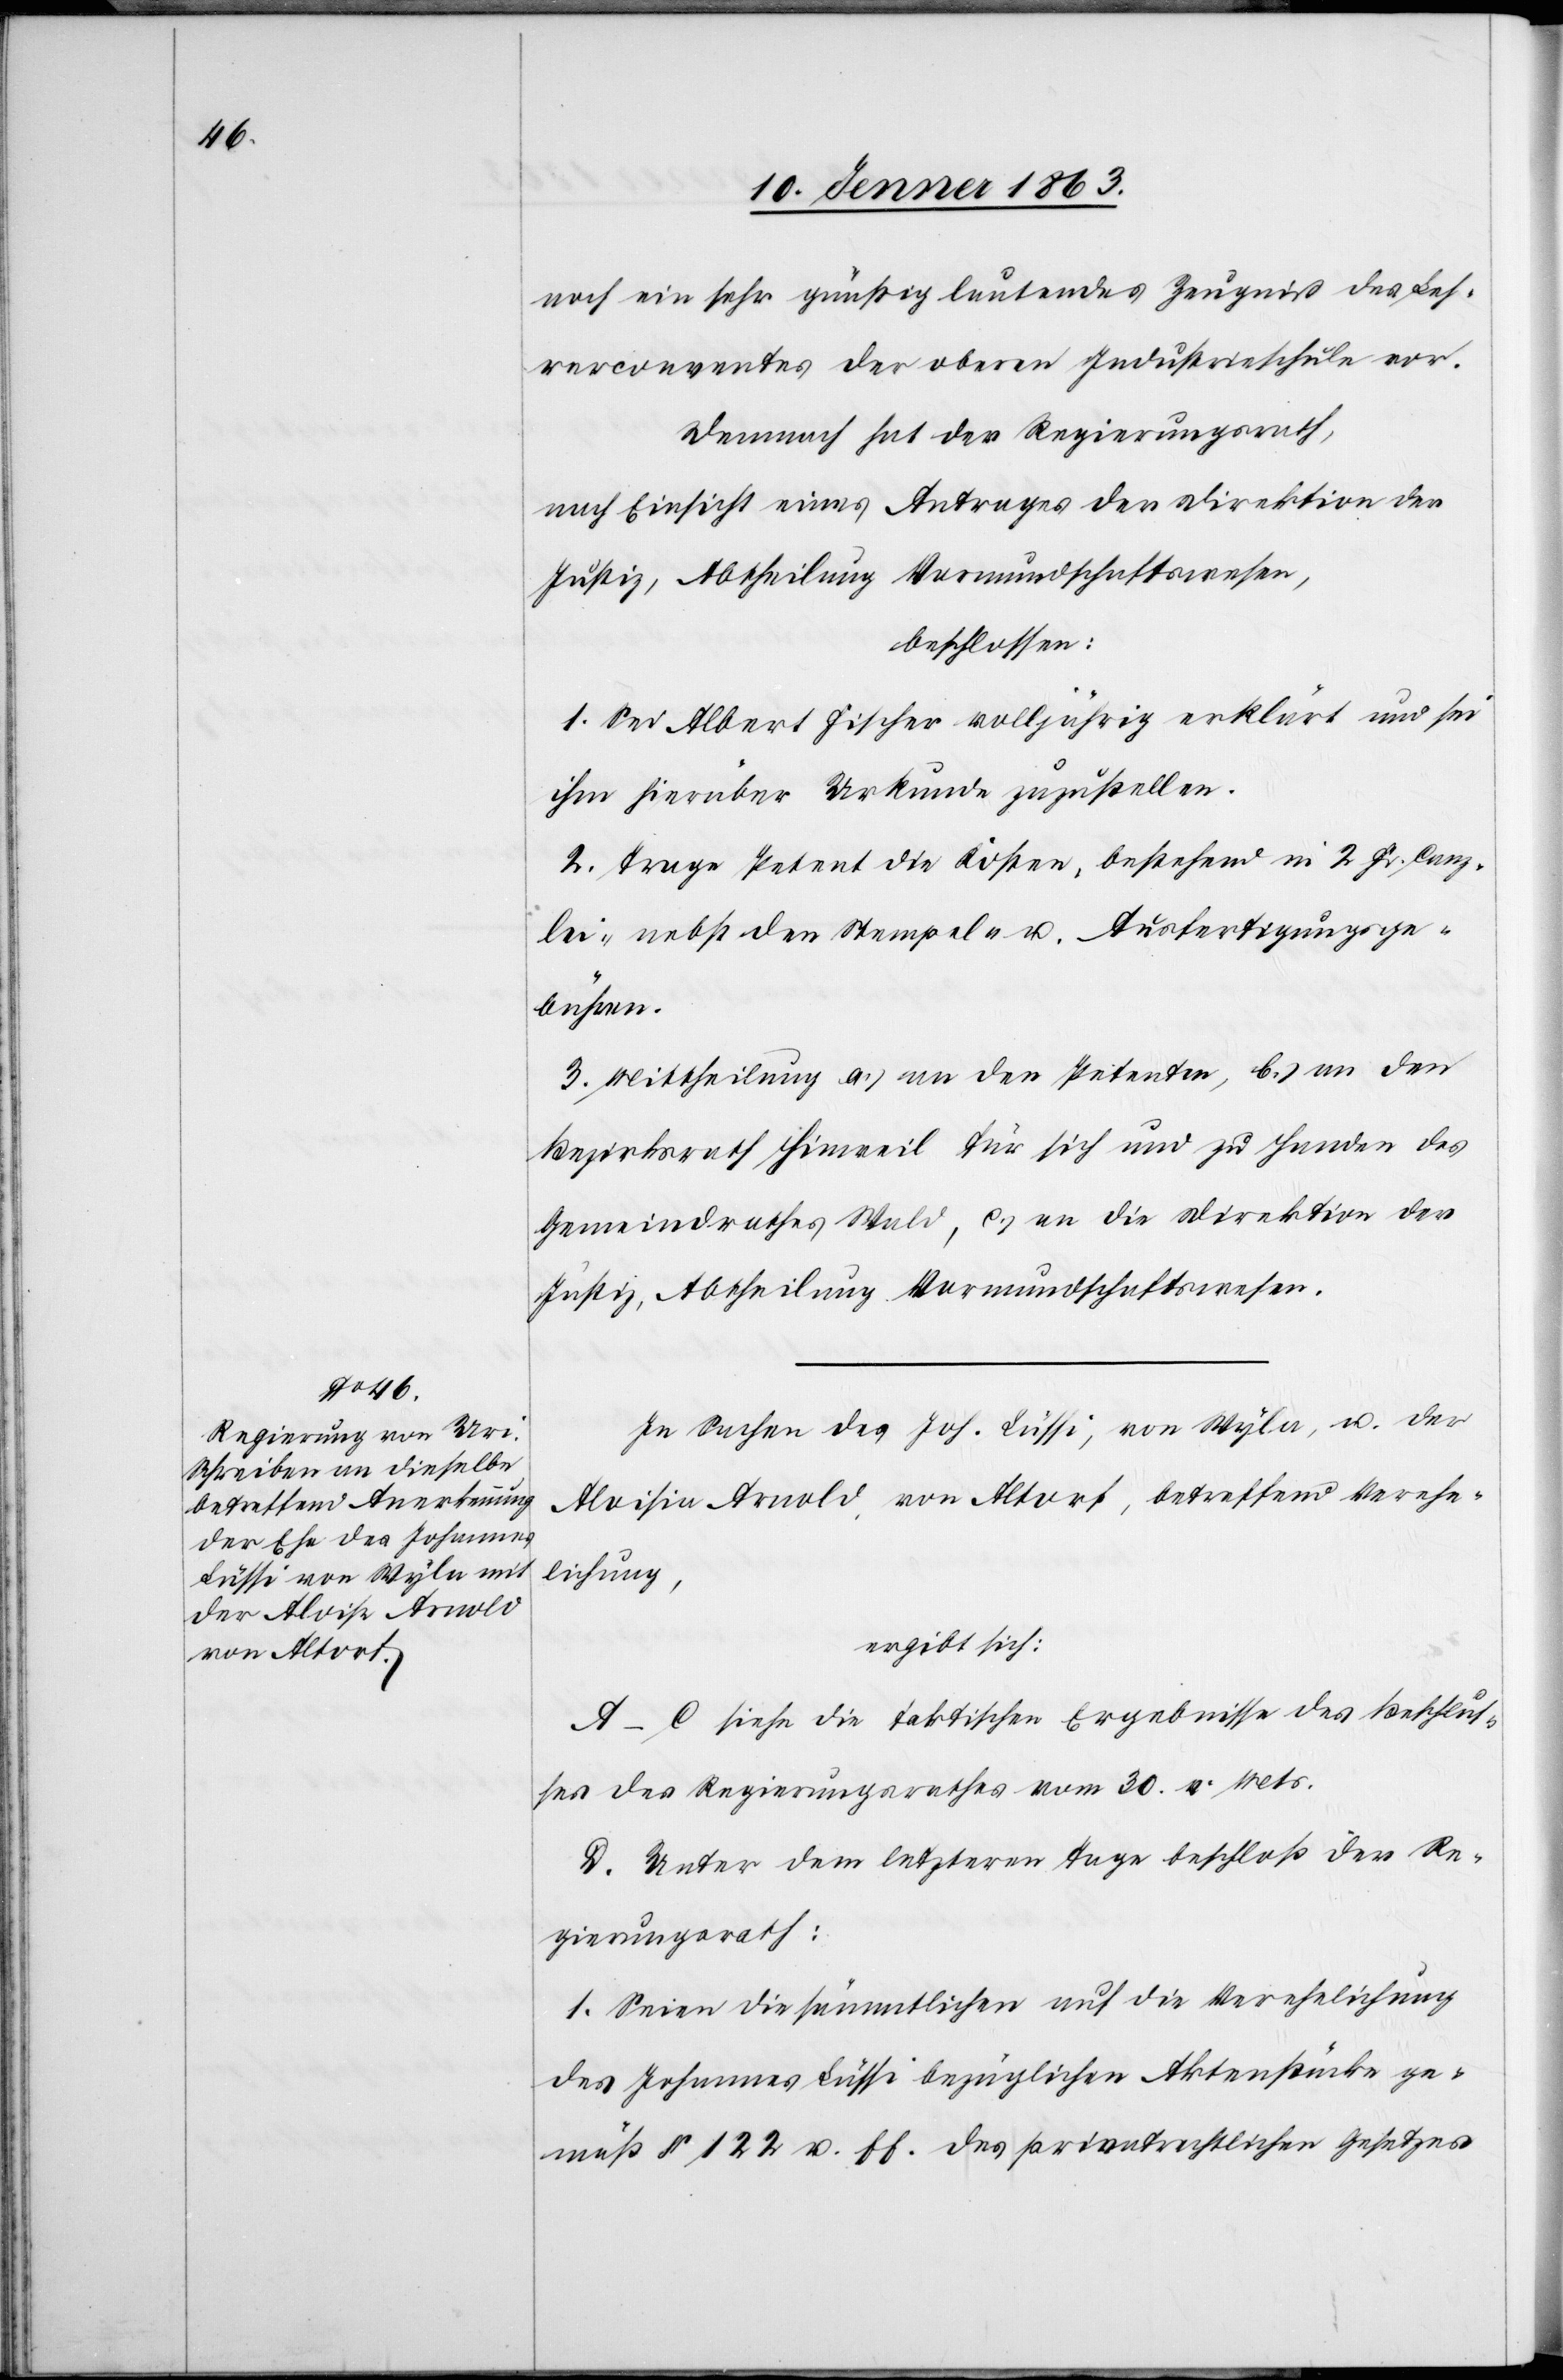
noch ein sehr günstig lautendes Zeugniß des Leh¬
rerconventes der oberen Industrieschule vor.
Demnach hat der Regierungsrath,
nach Einsicht eines Antrages der Direktion der
Justiz, Abtheilung Vormundschaftswesen,
beschlossen:
1. Sei Albert Fischer volljährig erklärt und sei
ihm hierüber Urkunde zuzustellen.
2. Trage Petent die Kosten, bestehend in 2 Fr. Canz¬
lei- nebst den Stempel- u. Ausfertigungsge¬
bühren.
3. Mittheilung a.) an den Petenten, b.) an den
Bezirksrath Hinweil für sich und zu Handen des
Gemeindrathes Wald, c.) an die Direktion der
Justiz, Abtheilung Vormundschaftswesen.
In Sachen des Joh. Lüssi, von Wyla, u. der
Aloisia Arnold, von Altorf, betreffend Verehe¬
lichung,
ergibt sich:
A–C siehe die faktischen Ergebnisse des Beschlus¬
ses des Regierungsrathes vom 30. v. Mts.
D. Unter dem letzteren Tage beschloß der Re¬
gierungsrath:
1. Seien die sämmtlichen auf die Verehelichung
des Johannes Lüssi bezüglichen Aktenstücke ge¬
mäß § 122 u. ff. des privatrechtlichen Gesetzes